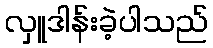
လှူဒါန်းခဲ့ပါသည်